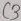
Text: C3